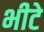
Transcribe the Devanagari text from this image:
भीटे